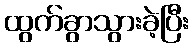
ထွက်ခွာသွားခဲ့ပြီး